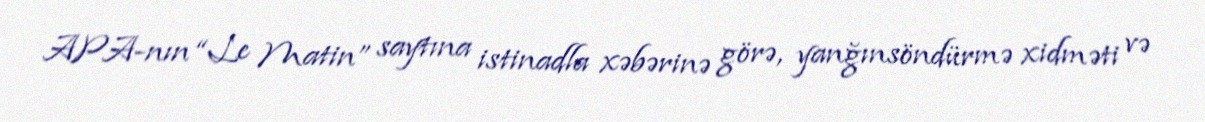
APA-nın “Le Matin” saytına istinadla xəbərinə görə, yanğınsöndürmə xidməti və